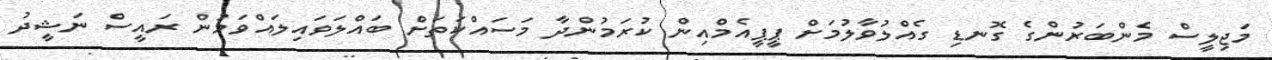
މަޖިލީސް މެންބަރުންގެ ގޮނޑި ގެއްލުވާލުމަށް ޕީޕީއެމްއިން ކުރަމުންދާ މަސައްކަތަށް ބައްލަވައިލައްވަމުން ރައީސް ނަޝީދު